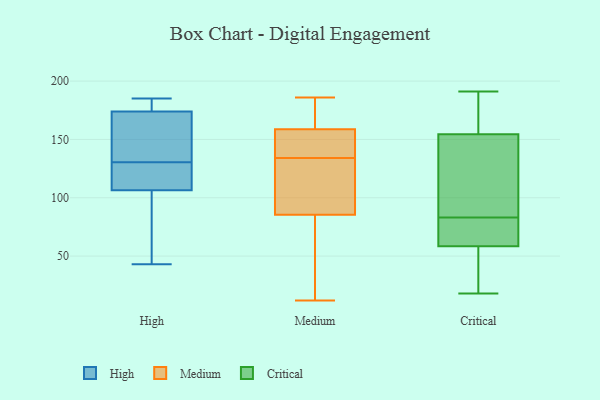
{"axis": {"x": "Active Users", "y": "Value"}, "legend": ["Critical", "High", "Medium"], "data": [{"x": "", "y": 173, "type": "High"}, {"x": "", "y": 105, "type": "High"}, {"x": "", "y": 43, "type": "High"}, {"x": "", "y": 111, "type": "High"}, {"x": "", "y": 185, "type": "High"}, {"x": "", "y": 67, "type": "High"}, {"x": "", "y": 182, "type": "High"}, {"x": "", "y": 129, "type": "High"}, {"x": "", "y": 108, "type": "High"}, {"x": "", "y": 175, "type": "High"}, {"x": "", "y": 164, "type": "High"}, {"x": "", "y": 132, "type": "High"}, {"x": "", "y": 158, "type": "Medium"}, {"x": "", "y": 90, "type": "Medium"}, {"x": "", "y": 186, "type": "Medium"}, {"x": "", "y": 134, "type": "Medium"}, {"x": "", "y": 91, "type": "Medium"}, {"x": "", "y": 55, "type": "Medium"}, {"x": "", "y": 161, "type": "Medium"}, {"x": "", "y": 12, "type": "Medium"}, {"x": "", "y": 149, "type": "Medium"}, {"x": "", "y": 156, "type": "Medium"}, {"x": "", "y": 124, "type": "Medium"}, {"x": "", "y": 164, "type": "Medium"}, {"x": "", "y": 72, "type": "Medium"}, {"x": "", "y": 81, "type": "Critical"}, {"x": "", "y": 85, "type": "Critical"}, {"x": "", "y": 62, "type": "Critical"}, {"x": "", "y": 112, "type": "Critical"}, {"x": "", "y": 191, "type": "Critical"}, {"x": "", "y": 18, "type": "Critical"}, {"x": "", "y": 182, "type": "Critical"}, {"x": "", "y": 59, "type": "Critical"}, {"x": "", "y": 58, "type": "Critical"}, {"x": "", "y": 171, "type": "Critical"}, {"x": "", "y": 178, "type": "Critical"}, {"x": "", "y": 28, "type": "Critical"}, {"x": "", "y": 30, "type": "Critical"}, {"x": "", "y": 142, "type": "Critical"}, {"x": "", "y": 30, "type": "Critical"}, {"x": "", "y": 97, "type": "Critical"}, {"x": "", "y": 167, "type": "Critical"}, {"x": "", "y": 69, "type": "Critical"}, {"x": "", "y": 62, "type": "Critical"}, {"x": "", "y": 103, "type": "Critical"}]}